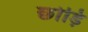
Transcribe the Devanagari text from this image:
छोड़ि